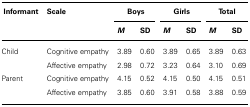
<table><thead><tr><td><b>Informant</b></td><td><b>Scale</b></td><td colspan="2"><b>Boys</b></td><td colspan="2"><b>Girls</b></td><td colspan="2"><b>Total</b></td></tr><tr><td></td><td></td><td><b><i>M</i></b></td><td><b>SD</b></td><td><b><i>M</i></b></td><td><b>SD</b></td><td><b><i>M</i></b></td><td><b>SD</b></td></tr></thead><tbody><tr><td>Child</td><td>Cognitive empathy</td><td>3.89</td><td>0.60</td><td>3.89</td><td>0.65</td><td>3.89</td><td>0.63</td></tr><tr><td></td><td>Affective empathy</td><td>2.98</td><td>0.72</td><td>3.23</td><td>0.64</td><td>3.10</td><td>0.69</td></tr><tr><td>Parent</td><td>Cognitive empathy</td><td>4.15</td><td>0.52</td><td>4.15</td><td>0.50</td><td>4.15</td><td>0.51</td></tr><tr><td></td><td>Affective empathy</td><td>3.85</td><td>0.60</td><td>3.91</td><td>0.58</td><td>3.88</td><td>0.59</td></tr></tbody></table>